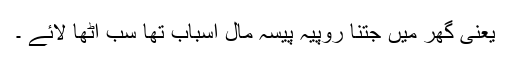
یعنی گھر میں جتنا روپیہ پیسہ مال اسباب تھا سب اُٹھا لائے ۔